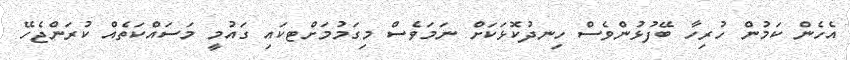
އެހެން ކަމުން ހުރިހާ ބޭފުޅުންވެސް ހިނދުކޮޅަކަށް ނަމަވެސް މިގަމުމަށްޓކައި ގައުމީ މަސައްކަތެއް ކުރަންޖެހޭ